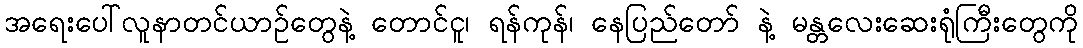
အရေးပေါ်လူနာတင်ယာဉ်တွေနဲ့ တောင်ငူ၊ ရန်ကုန်၊ နေပြည်တော် နဲ့ မန္တလေးဆေးရုံကြီးတွေကို